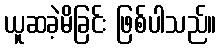
ယူဆခဲ့မိခြင်း ဖြစ်ပါသည်။